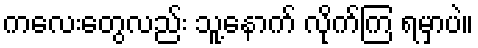
ကလေးတွေလည်း သူ့နောက် လိုက်ကြ ရမှာပဲ။